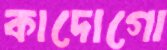
কাদোগো